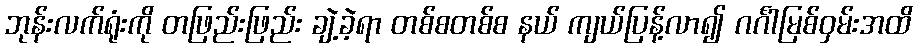
ဘုန်းလက်ရုံးကို တဖြည်းဖြည်း ချဲ့ခဲ့ရာ တစ်စတစ်စ နယ် ကျယ်ပြန့်လာ၍ ဂင်္ဂါမြစ်ဝှမ်းအထိ